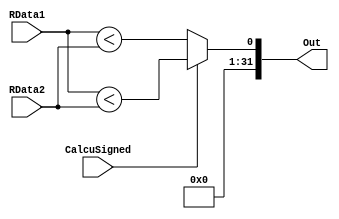
`timescale 1ns / 1ps
//////////////////////////////////////////////////////////////////////////////////
// Company: 
// Engineer: 
// 
// Design Name: 
// Module Name:    CMP_LessThan 
// Project Name: 
// Target Devices: 
// Tool versions: 
// Description: 
//
// Dependencies: 
//
// Revision: 
// Revision 0.01 - File Created
// Additional Comments: 
//
//////////////////////////////////////////////////////////////////////////////////
module CMP_LessThan(
	input wire [31:0] RData1,
	input wire [31:0] RData2,
	input wire CalcuSigned,
	output wire [31:0] Out
    );
	
	assign Out  = CalcuSigned ? $signed(RData1) < $signed(RData2) :
							   RData1 < RData2;
	
endmodule